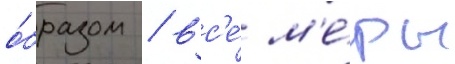
о́бразом / вс'е́ м'е́ры